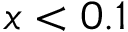
x < 0 . 1